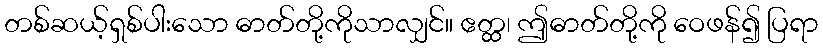
တစ်ဆယ့်ရှစ်ပါးသော ဓာတ်တို့ကိုသာလျှင်။ ဧတ္ထ၊ ဤဓာတ်တို့ကို ဝေဖန်၍ ပြရာ